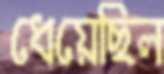
ধেয়েছিল